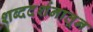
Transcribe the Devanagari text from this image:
शब्ददर्शनातून